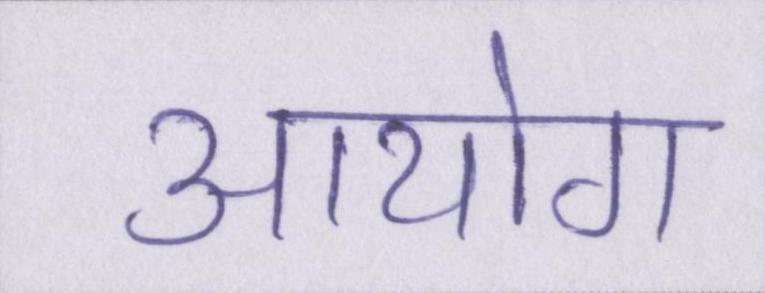
आयोग